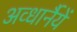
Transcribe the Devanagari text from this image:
अव्धार्नैयें